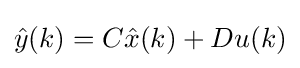
{\hat {y}}(k)=C{\hat {x}}(k)+Du(k)